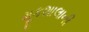
મૂકશાલાની